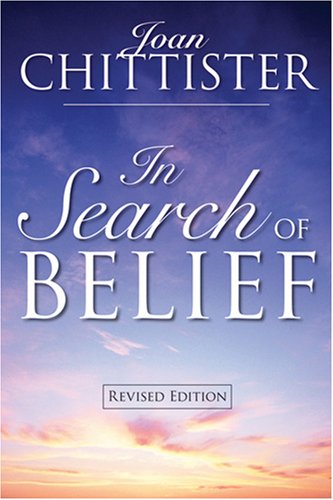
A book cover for In Search Of Belief: Revised Edition; Joan Chittister O.S.B.; Christian Books & Bibles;